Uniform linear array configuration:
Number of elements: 12
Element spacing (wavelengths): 0.25
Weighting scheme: blackman
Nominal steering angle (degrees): -15
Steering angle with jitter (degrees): -14.942
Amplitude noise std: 0.05
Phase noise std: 0.05

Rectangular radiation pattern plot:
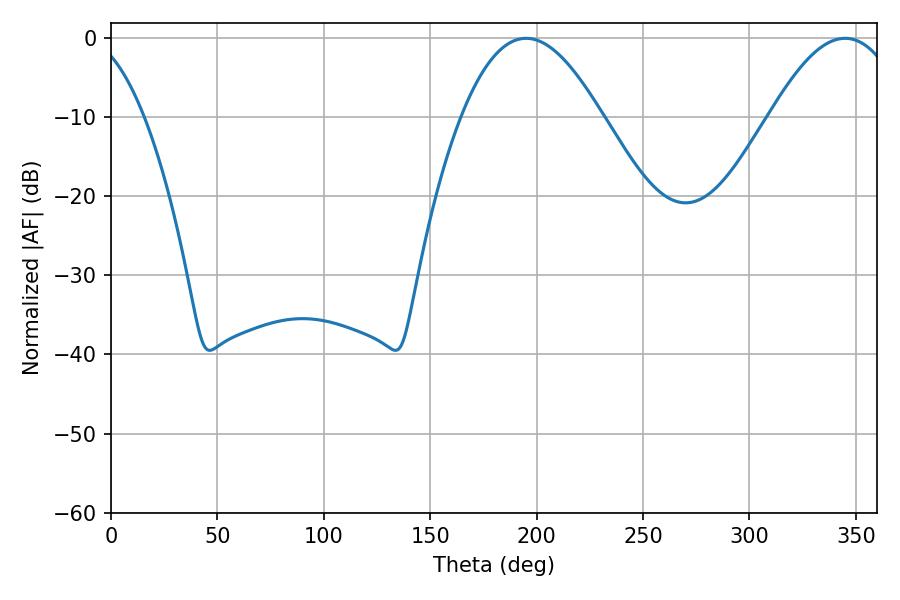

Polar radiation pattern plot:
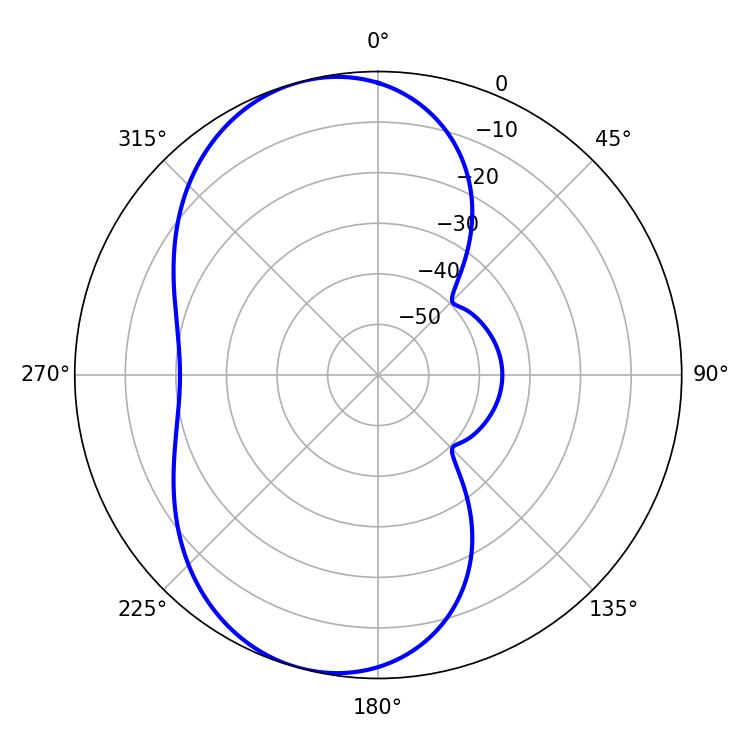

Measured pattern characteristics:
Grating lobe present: FALSE
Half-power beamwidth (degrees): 36
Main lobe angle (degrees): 195.12